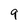
Character: 9